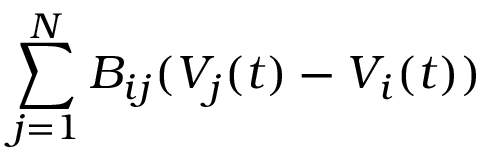
{ \sum _ { j = 1 } ^ { N } B _ { i j } ( V _ { j } ( t ) - V _ { i } ( t ) ) }